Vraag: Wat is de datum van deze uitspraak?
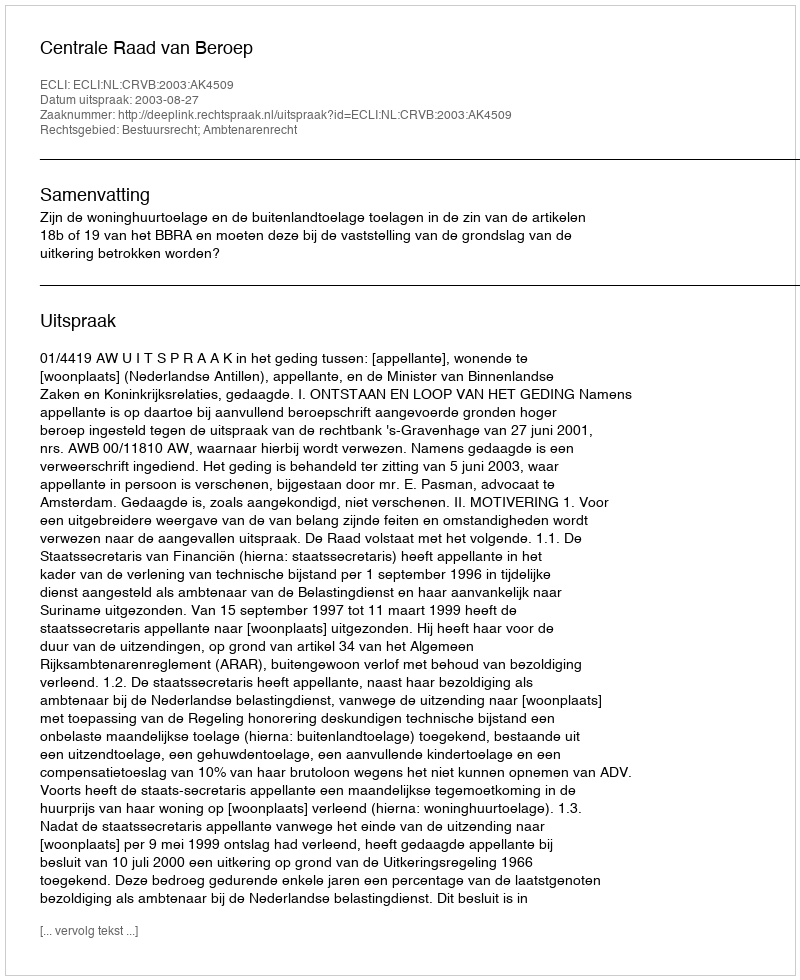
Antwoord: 2003-08-27